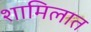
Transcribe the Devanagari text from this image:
शामिलात